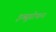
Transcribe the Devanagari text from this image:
इब्यूप्रोफन